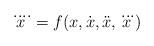
LaTeX: \begin{align*} \ddddot{x} = f(x,\dot{x},\ddot{x},\dddot{x})\end{align*}